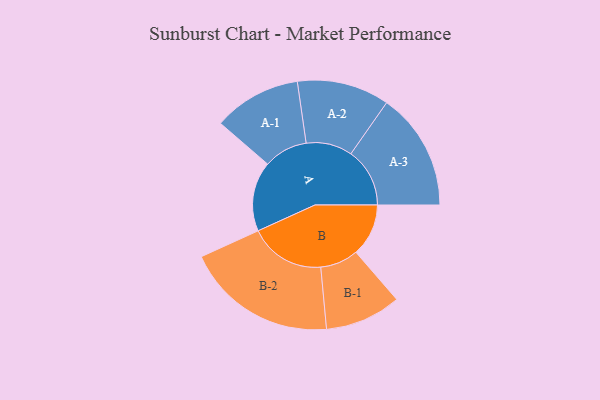
{"axis": {"x": "Segment", "y": "Value"}, "legend": ["", "A", "B"], "data": [{"x": "A", "y": 275, "type": ""}, {"x": "B", "y": 207, "type": ""}, {"x": "A-1", "y": 173, "type": "A"}, {"x": "A-2", "y": 182, "type": "A"}, {"x": "A-3", "y": 232, "type": "A"}, {"x": "B-1", "y": 150, "type": "B"}, {"x": "B-2", "y": 299, "type": "B"}]}